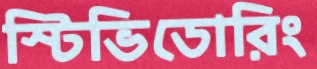
স্টিভিডোরিং